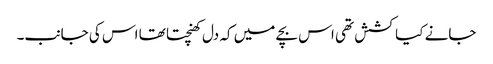
جانے کیا کشش تھی اس بچے میں کہ دل کھنچتا تھا اس کی جانب۔